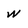
Character: w